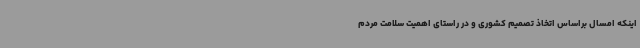
اینکه امسال براساس اتخاذ تصمیم کشوری و در راستای اهمیت سلامت مردم